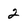
Character: 2